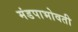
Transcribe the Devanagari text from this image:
मंडपाभोवती